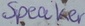
Text: Speaker